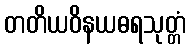
တတိယဝိနယဓရသုတ္တံ